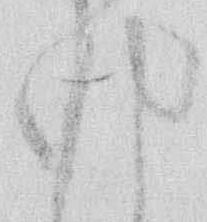
ゆ